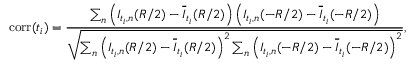
\mathrm { c o r r } ( t _ { i } ) = \frac { \sum _ { n } \left( I _ { t _ { i } , n } ( R / 2 ) - \overline { { I } } _ { t _ { i } } ( R / 2 ) \right) \left( I _ { t _ { i } , n } ( - R / 2 ) - \overline { { I } } _ { t _ { i } } ( - R / 2 ) \right) } { \sqrt { \sum _ { n } \left( I _ { t _ { i } , n } ( R / 2 ) - \overline { { I } } _ { t _ { i } } ( R / 2 ) \right) ^ { 2 } \sum _ { n } \left( I _ { t _ { i } , n } ( - R / 2 ) - \overline { { I } } _ { t _ { i } } ( - R / 2 ) \right) ^ { 2 } } } ,